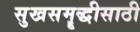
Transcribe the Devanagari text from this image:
सुखसमॄद्धीसाठी